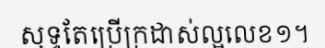
សុទ្ធតែប្រើក្រដាស់ល្អលេខ១។